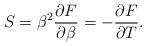
LaTeX: \begin{align*}S=\beta^2{{\partial F}\over{\partial\beta}}=-{{\partial F}\over{\partial T}}.\end{align*}